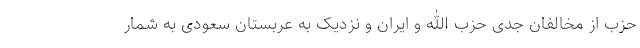
حزب از مخالفان جدی حزب الله و ایران و نزدیک به عربستان سعودی به شمار